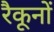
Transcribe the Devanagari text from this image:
रैकूनों